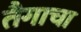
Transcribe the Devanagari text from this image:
तैगाचा